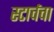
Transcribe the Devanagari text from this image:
स्टार्चचा